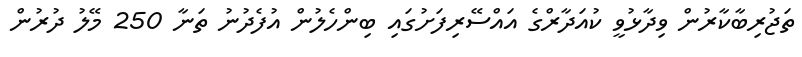
ތަޖުރިބާކާރުން ވިދާޅުވީ ކުއަދާރްގެ އައްސޭރިފަށުގައި ބިންހެލުން އުފެދުނު ތަނާ 250 މޭލު ދުރުން